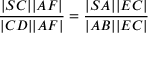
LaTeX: { \frac { | S C | | A F | } { | C D | | A F | } } = { \frac { | S A | | E C | } { | A B | | E C | } }